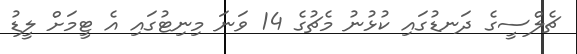
ޗެލްސީގެ ދަނޑުގައި ކުޅުނު މެޗުގެ 14 ވަނަ މިނިޓުގައި އެ ޓީމަށް ލީޑު